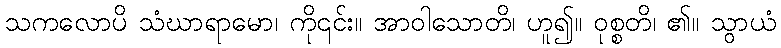
သကလောပိ သံဃာရာမော၊ ကို၎င်း။ အာဝါသောတိ၊ ဟူ၍။ ဝုစ္စတိ၊ ၏။ သွာယံ